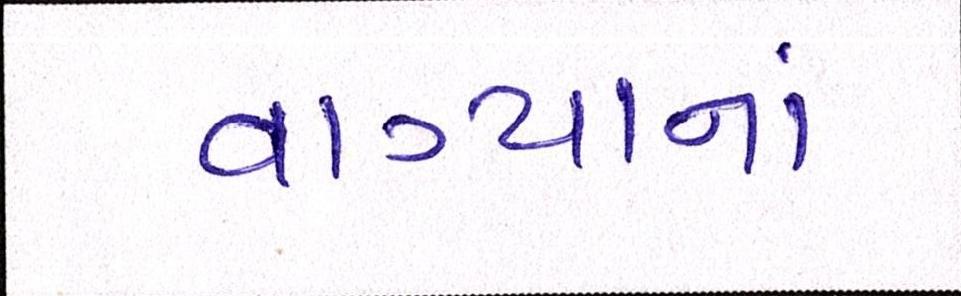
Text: વાગ્યાનાં